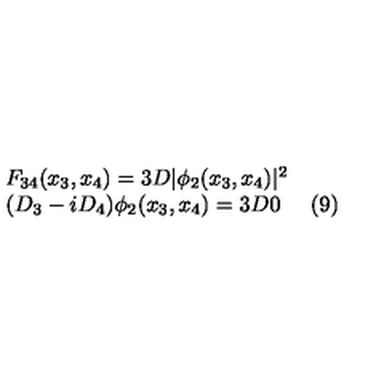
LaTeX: \begin{array} { l r } { F _ { 3 4 } ( x _ { 3 } , x _ { 4 } ) = 3 D | \phi _ { 2 } ( x _ { 3 } , x _ { 4 } ) | ^ { 2 } } & { } \\ { ( D _ { 3 } - i D _ { 4 } ) \phi _ { 2 } ( x _ { 3 } , x _ { 4 } ) = 3 D 0 } & { ( 9 ) } \\ \end{array}